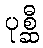
ပုစ္ဆီ